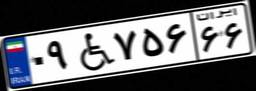
۰۹W۷۵۶۶۶